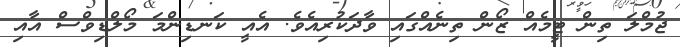
ޖުމްލަ ތިން ޓީމެއް ޒޯން ތިނެއްގައި ވާދަކުރިއެވެ. އެއީ ކަނޑިންމަ މޯލްޑިވްސް އާއި